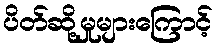
ပိတ်ဆို့မှုများကြောင့်